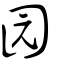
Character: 园